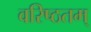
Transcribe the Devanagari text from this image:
वरिष्ठतम्